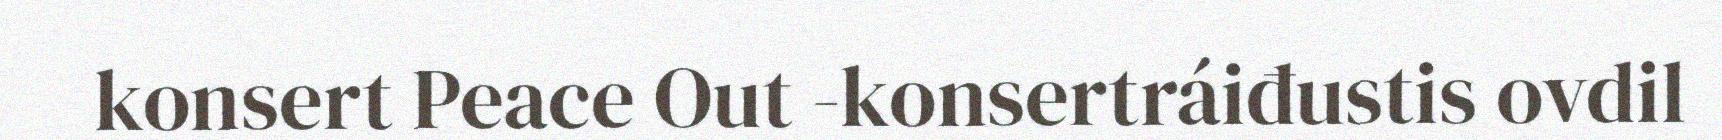
konsert Peace Out -konsertráiđustis ovdil